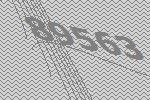
89563